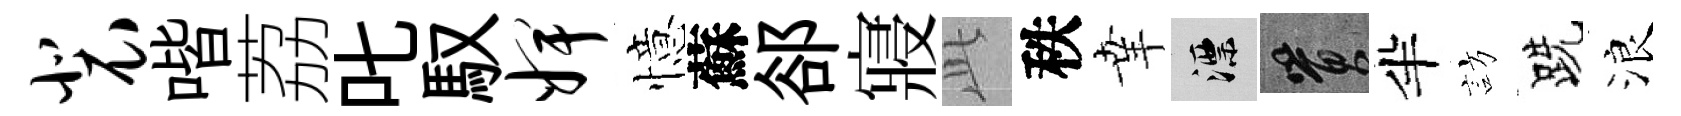
裴喈荔叱馭婢憶蘇郤寢𬼘秩𦍒漂篔半訪跣浪